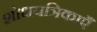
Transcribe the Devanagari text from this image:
शोधपत्रिकाएँ